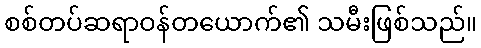
စစ်တပ်ဆရာဝန်တယောက်၏ သမီးဖြစ်သည်။